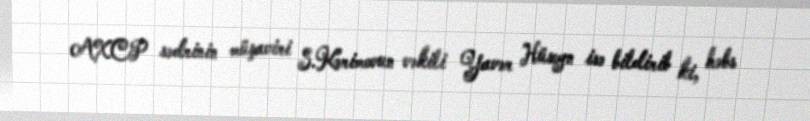
AXCP sədrinin müşaviri S.Kərimovun vəkili Yavər Hüseyn isə bildirib ki, həbs